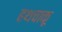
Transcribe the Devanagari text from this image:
हथचाकू